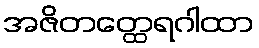
အဇိတတ္ထေရဂါထာ